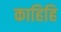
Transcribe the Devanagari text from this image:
काहिहि